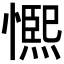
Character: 𭞺